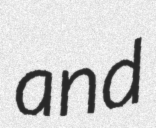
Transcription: and